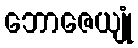
ဘောဇေယျုံ